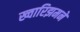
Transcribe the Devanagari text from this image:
ख्वारिझमने